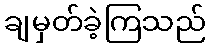
ချမှတ်ခဲ့ကြသည်